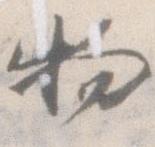
物